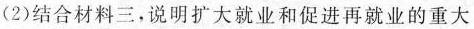
(2)结合材料三，说明扩大就业和促进再就业的重大